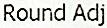
ROUND ADJ